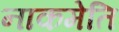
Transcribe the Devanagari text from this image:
नाकमेति